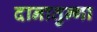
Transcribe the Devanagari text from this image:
दानातुन्गा